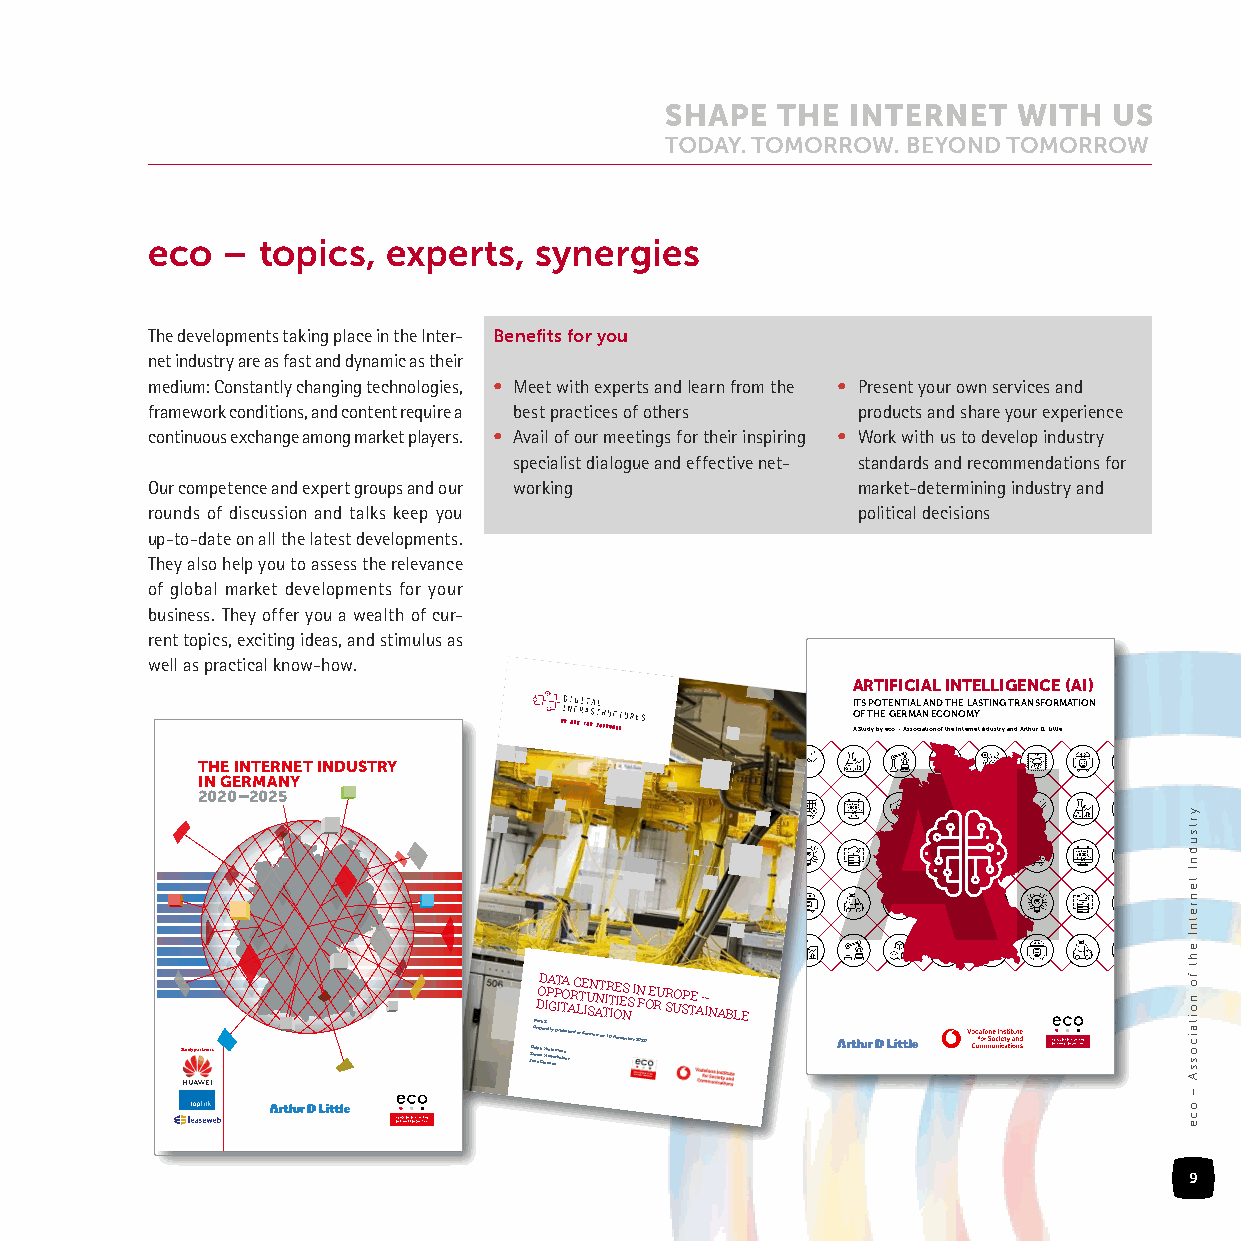
eco  – topics,  experts, synergies
 The developments taking place in the Inter- Benefits for you
 net industry are as fast and dynamic as their
 medium: Constantly changing technologies, • Meet with experts and learn from the • Present your own services and
 framework conditions, and content require a best practices of others products and share your experience
 continuous exchange among market players. • Avail of our meetings for their inspiring • Work with us to develop industry
 specialist dialogue and effective net- standards and recommendations for
 Our competence and expert groups and our working market-determining industry and
 rounds of discussion and talks keep you        political decisions
 up-to-date on all the latest developments.
 They also help you to assess the relevance
 of global market developments for your
 business. They offer you a wealth of cur-
 rent topics, exciting ideas, and stimulus as
 well as practical know-how.
 ARTIFICIAL INTELLIGENCE (AI)
 Data Centres in Europe – Opportunities for Sustainable Digitalisation I OT FS TP HO ET E GN ET RI MAL A NAN ED C OT NH OE MLA YSTING TRANSFORMATION
 1
 A Study by eco – Association of the Internet Industry and Arthur D. Little
 THE INTERNET INDUSTRY
 IN GERMANY
 2020–2025
 I ©S B ecN DOoD 9 – I7 PA G8 A- sPT3 s Io- T9 cA Oi8 a A2 t Ri1 oC4 LnT8 oE7 If- U St2N h- e A4 N IT n TtIeR Tr In OeE It EI NSnd Su Is tNr Fy a O nEd R AUrt h SRur U OD. L SPitt TlEe A – IN ABLE
 Study partners         ATDwhr J-w SRt e6e ihO a mwP
 n
 0Su lr sa p6. oi qr a gr h
 C
 0 nut dDi ln 0 Ha2
 H
 al. ia i uitL iFr nl nt seli r tly tt eaee et 1 nn mp .l rc3e hu koa ob f nmu ll zi nrs eth
 r
 ae md i Mn G aie nr ,m Gaenr mona 1n0y November 202eALDi0nics -c tos 5eho 0r– tc ns8 it a2ar t.t 5i i o4 o Cn3n oh a o llo.f eg t cnh oee .d, I Gent ee rr mne at n yIndustry
 9
 yrtsudnI
 tenretnI
 eht
 fo noitaicossA
 –
 oce